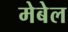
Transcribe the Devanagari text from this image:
मेबेल